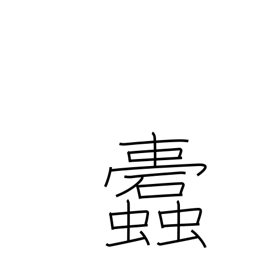
Meaning: insects which eat into clot